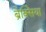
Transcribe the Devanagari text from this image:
ब्रेक्सिया